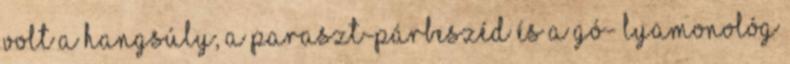
volt a hangsúly, a paraszt-párbeszéd és a gó- lyamonológ